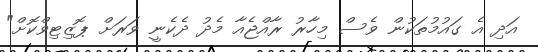
އަދި އެ ގައުމުތަކުން ވެސް މިހާރު ރާއްޖެއާ މެދު ދެކެނީ ވަރަށް ޕޮޒިޓިވްކޮށް"